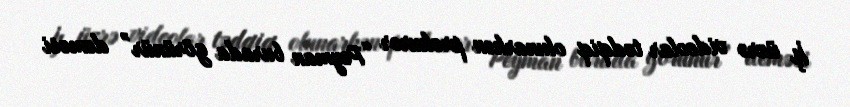
İş üzrə videolar tədqiq olunarkən prokuror “Peyman burada görünür” deməsi